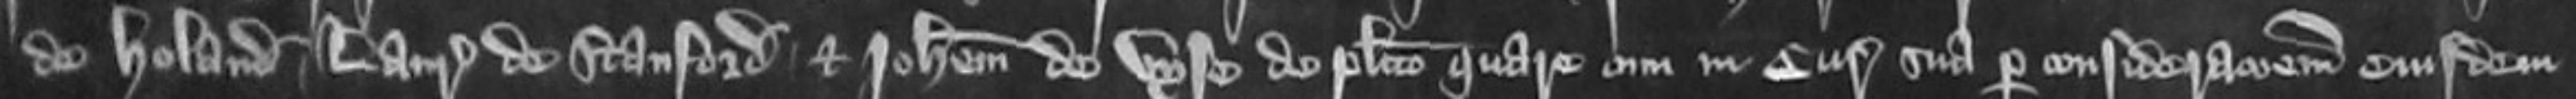
de Holand Laurencius de Stanford et Johannem de Vyse de placito quare cum in Curia sua per considerationem eiusdem